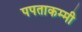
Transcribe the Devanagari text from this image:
पपताकम्मी